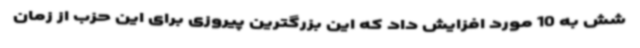
شش به 10 مورد افزایش داد که این بزرگترین پیروزی برای این حزب از زمان